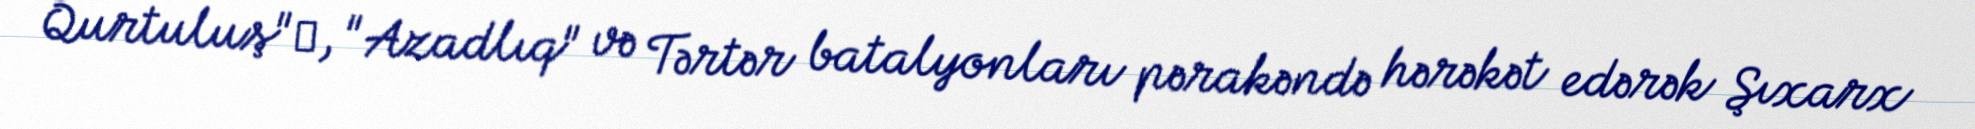
Qurtuluş", "Azadlıq" və Tərtər batalyonları pərakəndə hərəkət edərək Şıxarx